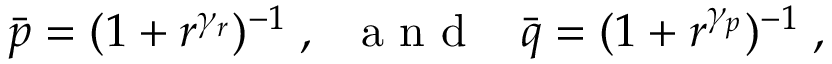
\bar { p } = ( 1 + r ^ { \gamma _ { r } } ) ^ { - 1 } \; , \; \; { \mathrm { ~ a ~ n ~ d ~ } } \; \; \; \bar { q } = ( 1 + r ^ { \gamma _ { p } } ) ^ { - 1 } \; ,